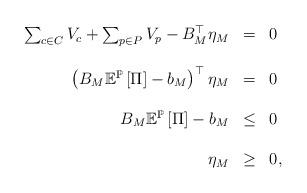
LaTeX: \begin{align*}\begin{array}{rcl}\sum_{c\in C}V_{c}+\sum_{p\in P}V_{p}-B_{M}^{\top}\eta_{M} & = & 0\\\\\left(B_{M}\mathbb{E}^{\mathbb{P}}\left[\Pi\right]-b_{M}\right)^{\top}\eta_{M} & = & 0\\\\B_{M}\mathbb{E}^{\mathbb{P}}\left[\Pi\right]-b_{M} & \leq & 0\\\\\eta_{M} & \geq & 0,\end{array}\end{align*}